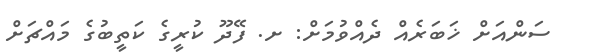
ސަންއަށް ޚަބަރެއް ދެއްވުމަށް: ށ. ފޭދޫ ކުރީގެ ކަތީބުގެ މައްޗަށް